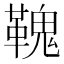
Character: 𩌃